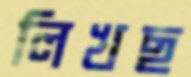
লিখছ